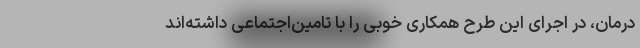
درمان، در اجرای این طرح همکاری خوبی را با تامین‌اجتماعی داشته‌اند